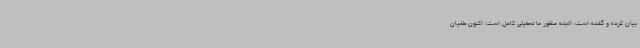
بیان کرده و گفته است: البته منظور ما تعطیلی کامل است؛ اکنون طغیان